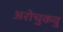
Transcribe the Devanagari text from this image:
अरोचुकवु